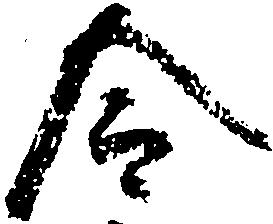
令